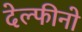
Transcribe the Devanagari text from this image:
देल्फीनो